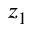
z _ { 1 }